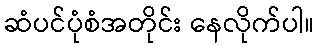
ဆံပင်ပုံစံအတိုင်း နေလိုက်ပါ။